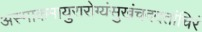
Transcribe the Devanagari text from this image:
अस्माकमायुरारोग्यंसुखंचददतांचिरं